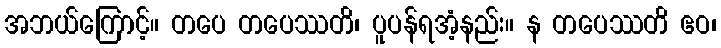
အဘယ်ကြောင့်။ တပေ တပေဿတိ၊ ပူပန်ရအံ့နည်း။ န တပေဿတိ ဧဝ၊